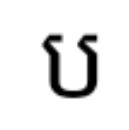
ប